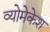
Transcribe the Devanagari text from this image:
व्योमेकेश